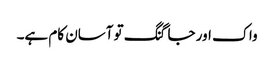
واک اور جاگنگ تو آسان کام ہے۔